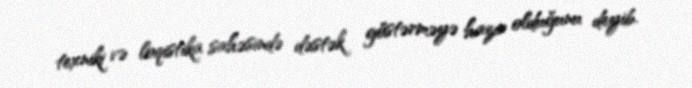
texniki və loqistika sahəsində dəstək göstərməyə hazır olduğunu deyib.